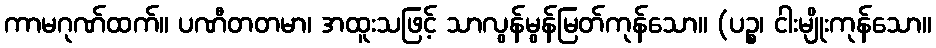
ကာမဂုဏ်ထက်။ ပဏီတတမာ၊ အထူးသဖြင့် သာလွန်မွန်မြတ်ကုန်သော။ (ပဉ္စ၊ ငါးမျိုးကုန်သော။